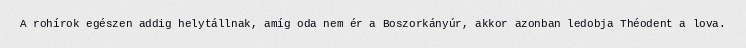
A rohírok egészen addig helytállnak, amíg oda nem ér a Boszorkányúr, akkor azonban ledobja Théodent a lova.